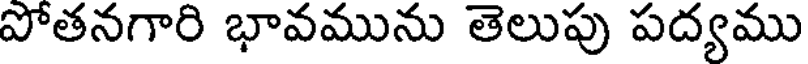
పోతనగారి భావమును తెలుపు పద్యము